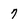
Character: 7